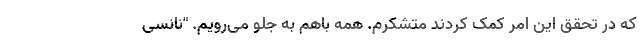
که در تحقق این امر کمک کردند متشکرم. همه باهم به جلو می‌رویم. "نانسی